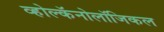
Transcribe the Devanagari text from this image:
व्होल्कॅनोलॉजिकल